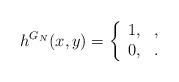
LaTeX: \begin{align*}h^{G_N}(x,y)= \left\{\begin{array}{ll}1, &,\\0, &. \end{array}\right. \end{align*}